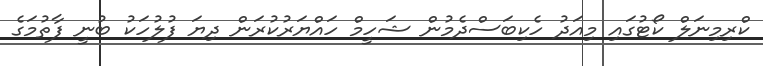
ކްރިމިނަލް ކޯޓުގައި މިއަދު ހެކިބަސްދެމުން ޝަހީމް ހައްޔަރުކުރަން ދިޔަ ފުލުހަކު ބުނީ ފާތުމަގެ